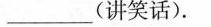
_ (讲笑话).